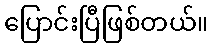
ပြောင်းပြီဖြစ်တယ်။